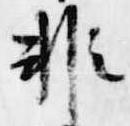
非